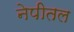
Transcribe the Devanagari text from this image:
नेपीतल